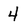
Character: 4